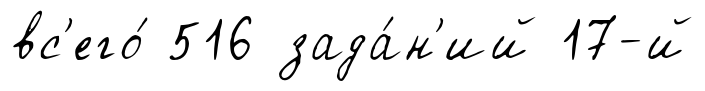
вс'его́ 516 зада́н'ий 17-й